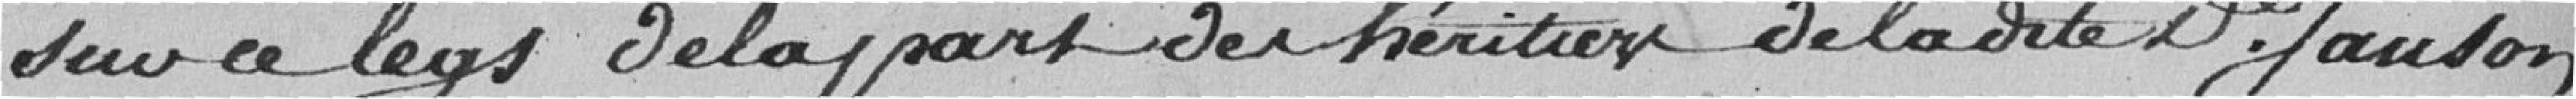
sur ce legs de la part des héritiers de la dite D. Janson,